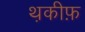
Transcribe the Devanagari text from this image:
थ़कीफ़